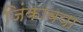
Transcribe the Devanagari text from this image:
जिंकावया